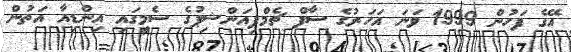
އޭގެ ފަހުން 1999 ވަނަ އަހަރުގެ ސާފް ޗެމްޕިއަންޝިޕުގެ ސެމީގައި އިންޑިއާ އަތުން